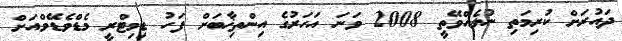
ދައުރަށް ކުރިމަތި ނުލެއްވޭތީ 2008 ވަނަ އަހަރުގެ އިންތިޚާބަށް ފަހު ޑިމިޓްރީ މެޑްވެޑޭވްއަށް